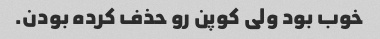
خوب بود ولی کوپن رو حذف کرده بودن.